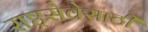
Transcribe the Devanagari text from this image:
राष्ट्रसेवेसाठी